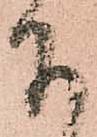
下